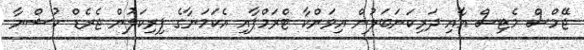
ޖޭމްސް މެޓިސް އާއި ދަރިކަނަބަލުން އިވަންކާ ޓްރަމްޕާއި އެކަމަނާގެ ފިރިކަލުން ޖެރެޑް ކުޝްނާ